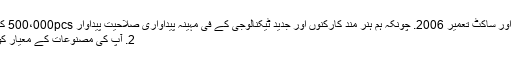
جی ہاں، ہم پیشہ ورانہ کار چارجر اور ساکٹ تعمیر 2006. چونکہ ہم ہنر مند کارکنوں اور جدید ٹیکنالوجی کے فی مہینہ پیداواری صلاحیت پیداوار 500،000pcs کی ضمانت کرنے کے لئے ہے ہیں.
2. آپ کی مصنوعات کے معیار کو کس طرح ضمانت دے سکتا ہوں؟